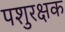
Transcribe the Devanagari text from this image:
पशुरक्षक